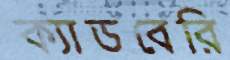
ক্যাডবেরি